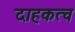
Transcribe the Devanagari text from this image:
दाहकत्व